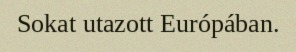
Sokat utazott Európában.